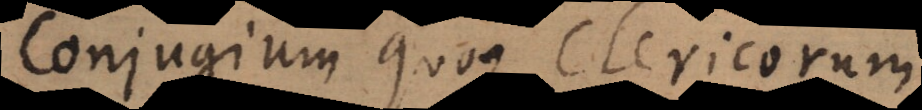
Conjugium quoque Clericorum